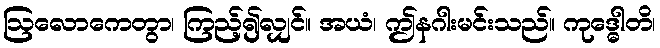
ဩလောကေတွာ၊ ကြည့်၍လျှင်။ အယံ၊ ဤနဂါးမင်းသည်။ ကုဒ္ဓေါတိ၊